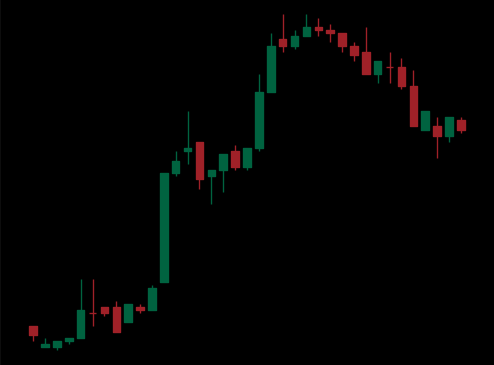
Pattern: bear_flag